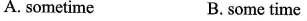
A. sometime B.some time